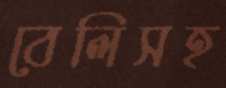
বেলিসহ